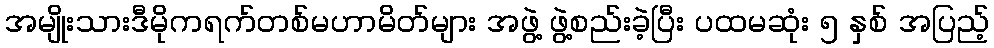
အမျိုးသားဒီမိုကရက်တစ်မဟာမိတ်များ အဖွဲ့ ဖွဲ့စည်းခဲ့ပြီး ပထမဆုံး ၅ နှစ် အပြည့်